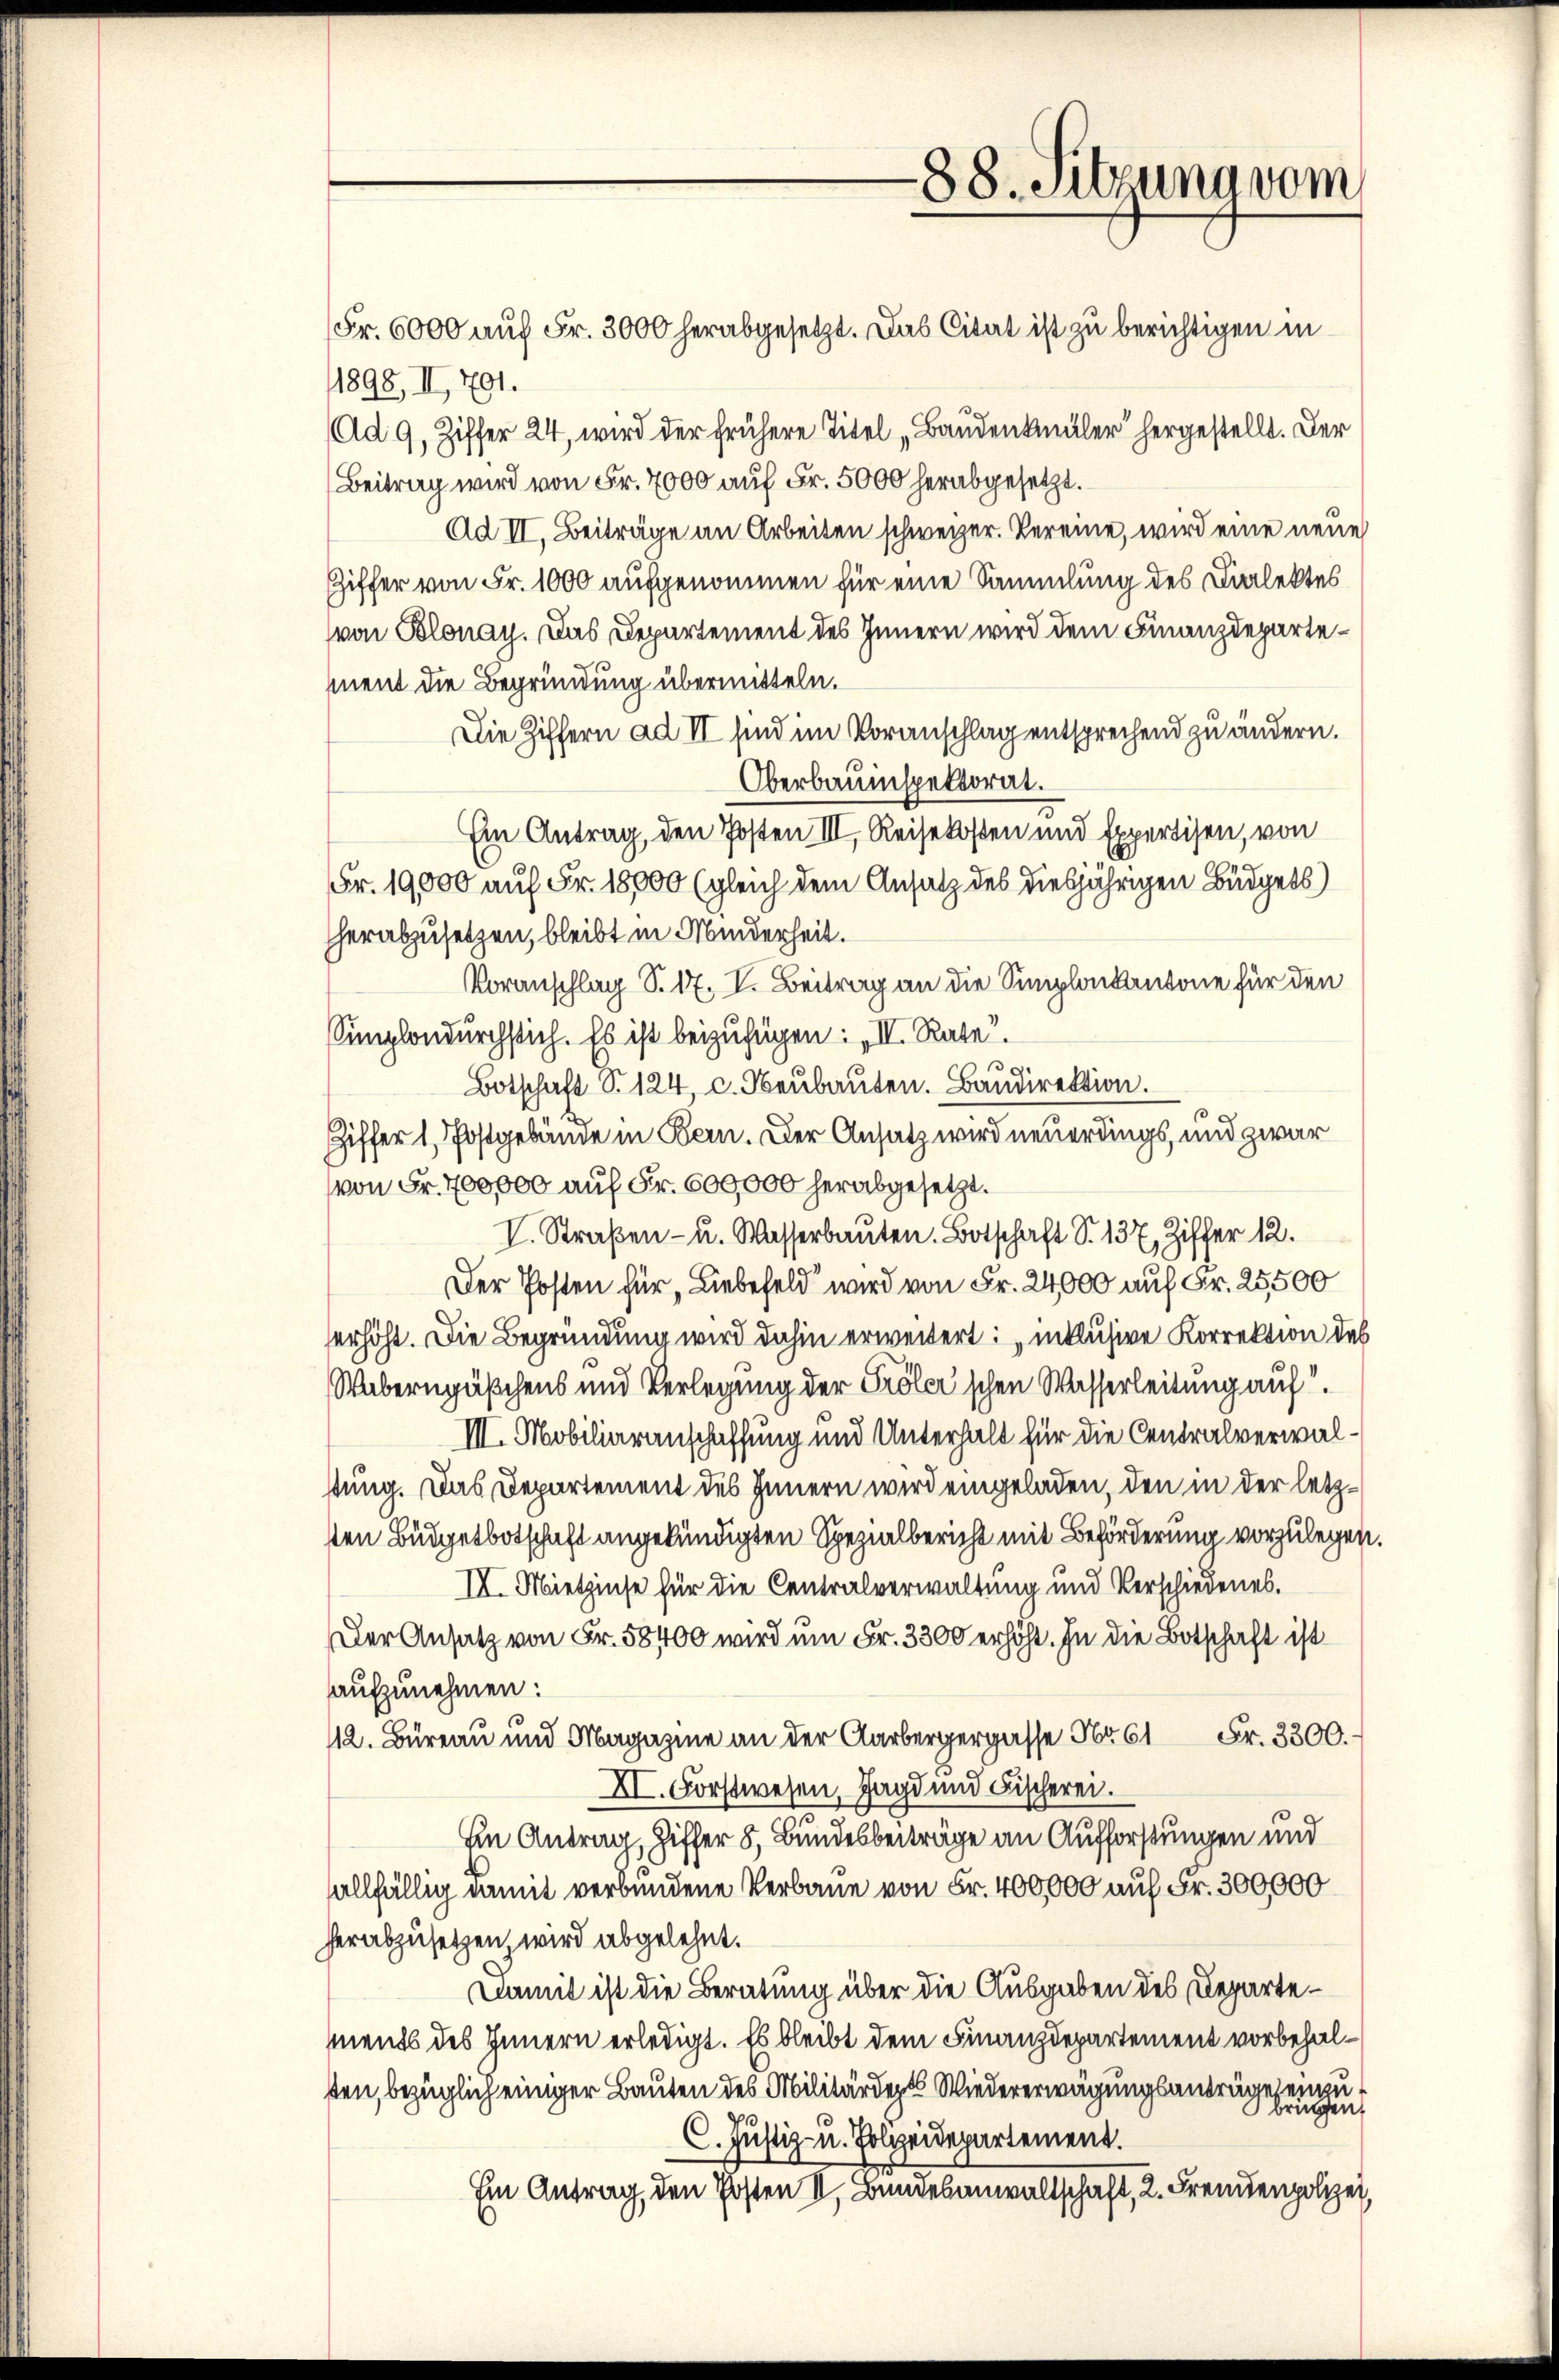
Fr. 6000 auf Fr. 3000 herabgesetzt. Das Citat ist zu berichtigen in
1898, II, 791.
Ad 9, Ziffer 24, wird der frühere Titel „Baudenkmäler hergestellt. Der
Beitrag wird von Fr. 7000 auf Fr. 5000 herabgesetzt.
Ad II. Beiträge an Arbeiten schweizer. Vereine, wird eine neue
Hiffer von Fr. 1000 aufgenommen für eine Sammlung des Dialektes
von Polonay. Das Departement des Innern wird dem Finanzdepartement die Begründung übermitteln.
Die Ziffern ad II sind im Voranschlag entsprechend zu ändern.
Oberbauinspektorat.
Ein Antrag, den Posten III, Reisekosten und Expertisen, von
Fr. 19,000 auf Fr. 18000 (gleich dem Ansatz des diesjährigen Büdgets)
herabzusetzen, bleibt in Minderheit.
Voranschlag S. 17, I. Beitrag an die Simplonkantone für den
Simplondurchstich. Es ist beizufügen: „II. Rate
Botschaft S. 124, c. Neubauten. Baudirektion.
Ziffer 1, Postgebäude in Bern. Der Ansatz wird neuerdings, und zwar
von Fr. 700,000 auf Fr. 600,000 herabgesetzt.
V. Straßen- u. Wasserbauten. Botschaft S. 137, Ziffer 12.
Der Posten für Liebefeld wird von Fr. 24000 auf Fr. 25500
erhöht. Die Begründung wird dahin erweitert: „inklusive Korrektion des
Wabernpäßchens und Verlegung der Tröler'schen Wasserleitung auf.
III. Mobiliaranschaffung und Unterhalt für die Centralverwalstung. Das Departement des Innern wird eingeladen, den in der letztten Büdgetbotschaft angekündigten Spezialbericht mit Beförderung vorzulegen.
II. Mietzinse für die Centralverwaltung und Verschiedenes.
Der Ansatz von Fr. 58400 wird um Fr. 3300 erhöht. In die Botschaft ist
aufzunehmen:
112. Büreau und Magazine an der Aarbergergasse Nr 61 Fr. 3300.
XI. Forstwesen, Jagd und Fischerei.
Ein Antrag, Ziffer 8, Bundesbeiträge an Aufforstungen und
allfällig damit verbundene Verbaue von Fr. 400,000 auf Fr. 300,000
herabzusetzen, wird abgelehnt.
Damit ist die Beratung über die Ausgaben des Departements des Innern erledigt. Es bleibt dem Finanzdepartement vorbehalten, bezüglich einiger Bauten des Militärdepts Wiedererwägungsantrages einzubringen.
C. Justiz- u. Holzeidepartement.
Ein Antrag, den Posten II, Bundesanwaltschaft, 2. Fremdenpolizei,

88. Sitzuna vom